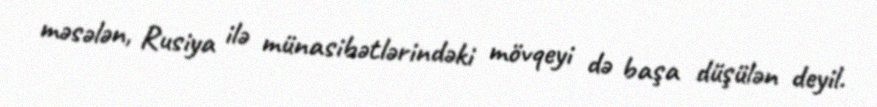
məsələn, Rusiya ilə münasibətlərindəki mövqeyi də başa düşülən deyil.